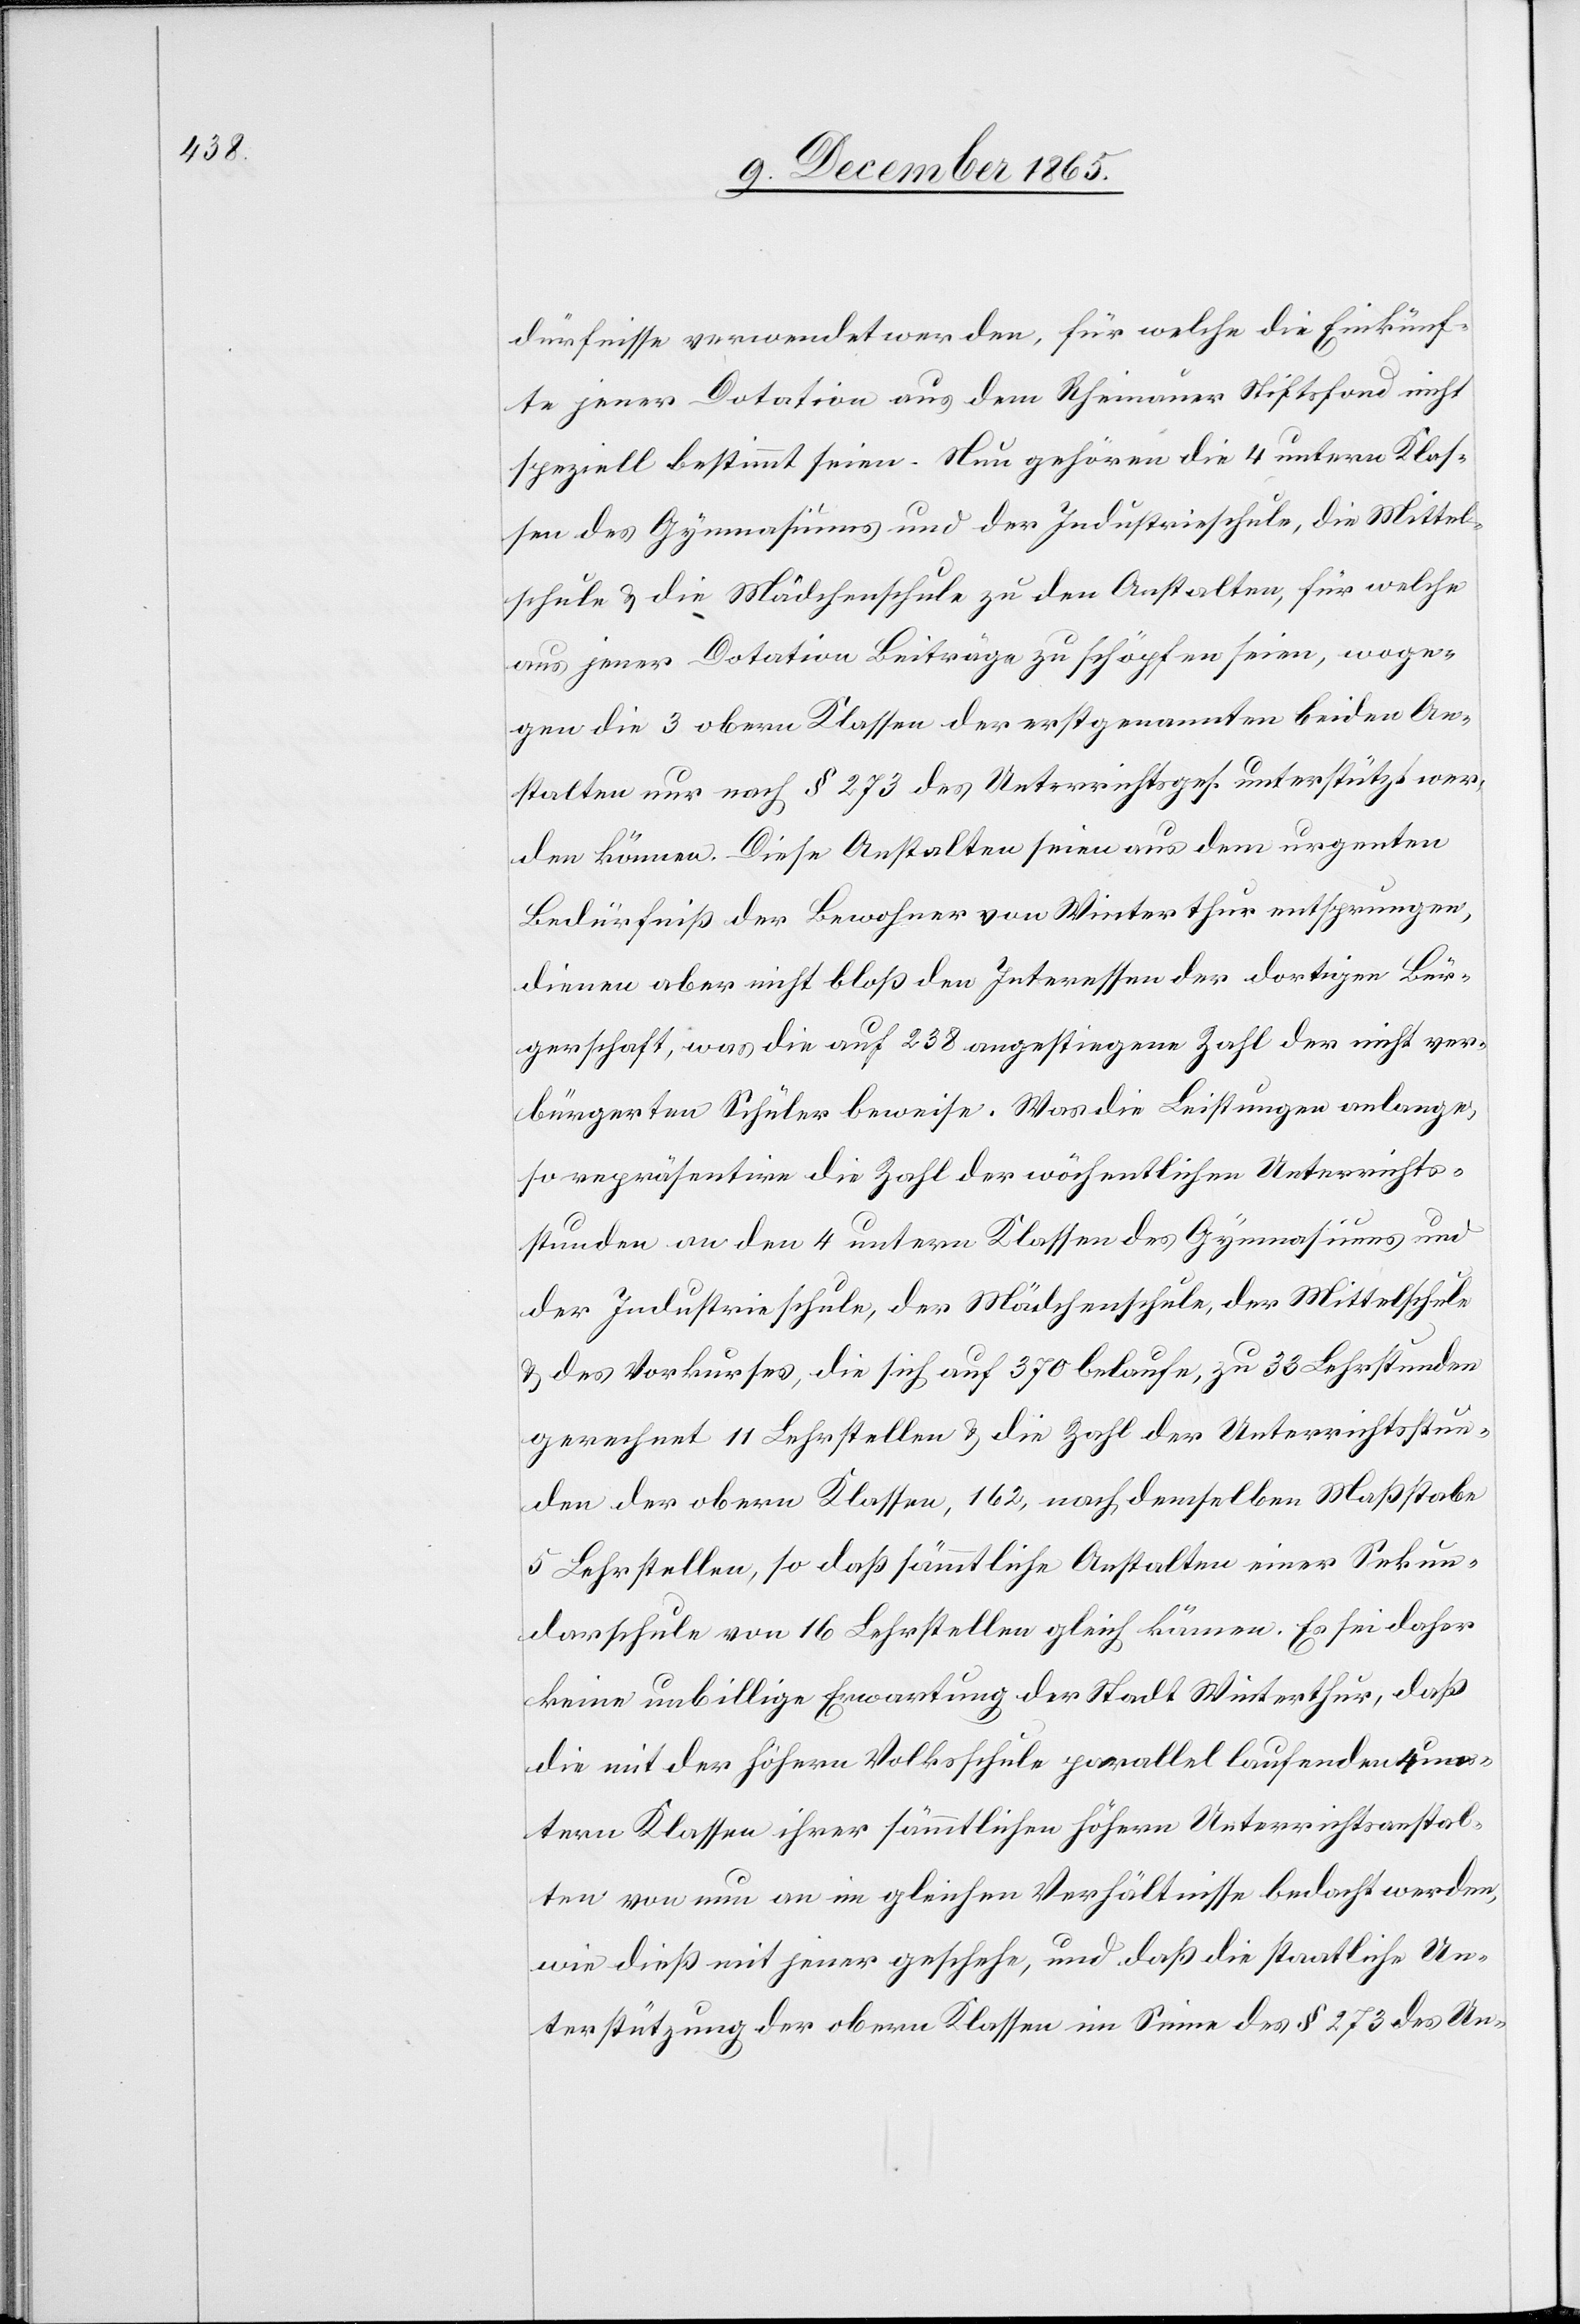
dürfnisse verwendet werden, für welche die Einkünf¬
te jener Dotation aus dem Rheinauer Stiftsfond nicht
speziell bestimmt seien. Nun gehören die 4 untern Klas¬
sen des Gymnasiums und der Industrieschule, die Mittel¬
schule & die Mädchenschule zu den Anstalten, für welche
aus jener Dotation Beiträge zu schöpfen seien, woge¬
gen die 3 obern Klassen der erstgenannten beiden An¬
stalten nur nach § 273 des Unterrichtsges. unterstützt wer¬
den können. Diese Anstalten seien aus dem urgenten
Bedürfniß der Bewohner von Winterthur entsprungen,
dienen aber nicht bloß den Interessen der dortigen Bür¬
gerschaft, was die auf 238 angestiegene Zahl der nicht ver¬
bürgerten Schüler beweise. Was die Leistungen anlange,
so repräsentire die Zahl der wöchentlichen Unterrichts¬
stunden an den 4 untern Klassen des Gymnasiums und
der Industrieschule, der Mädchenschule, der Mittelschule
& des Vorkurses, die sich auf 370 belaufe, zu 33 Lehrstunden
gerechnet 11 Lehrstellen & die Zahl der Unterrichtsstun¬
den der obern Klassen, 162, nach demselben Maßstabe
5 Lehrstellen, so daß sämmtliche Anstalten einer Sekun¬
darschule von 16 Lehrstellen gleich kämen. Es sei daher
keine unbillige Erwartung der Stadt Winterthur, daß
die mit der höhern Volksschule parallel laufenden 4 un¬
tern Klassen ihrer sämmtlichen höhern Unterrichtsanstal¬
ten von nun an im gleichen Verhältnisse bedacht werden,
wie dieß mit jener geschehe, und daß die staatliche Un¬
terstützung der obern Klassen im Sinne des § 273 des Un-